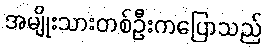
အမျိုးသားတစ်ဦးကပြောသည်